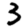
Digit: 3